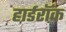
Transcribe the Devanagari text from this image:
हार्डरॉक